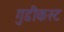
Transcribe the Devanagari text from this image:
गुडीकस्ट